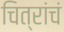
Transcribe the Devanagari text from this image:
चित्रांचं